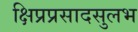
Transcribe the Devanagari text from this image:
क्षिप्रप्रसादसुलभ